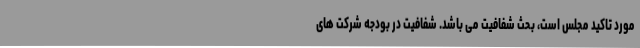
مورد تاکید مجلس است، بحث شفافیت می باشد. شفافیت در بودجه شرکت های